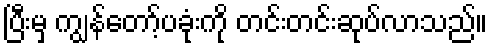
ပြီးမှ ကျွန်တော့်ပခုံးကို တင်းတင်းဆုပ်လာသည်။